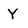
Character: Y